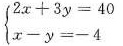
$$\begin { cases }